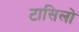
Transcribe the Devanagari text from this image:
टासिलो